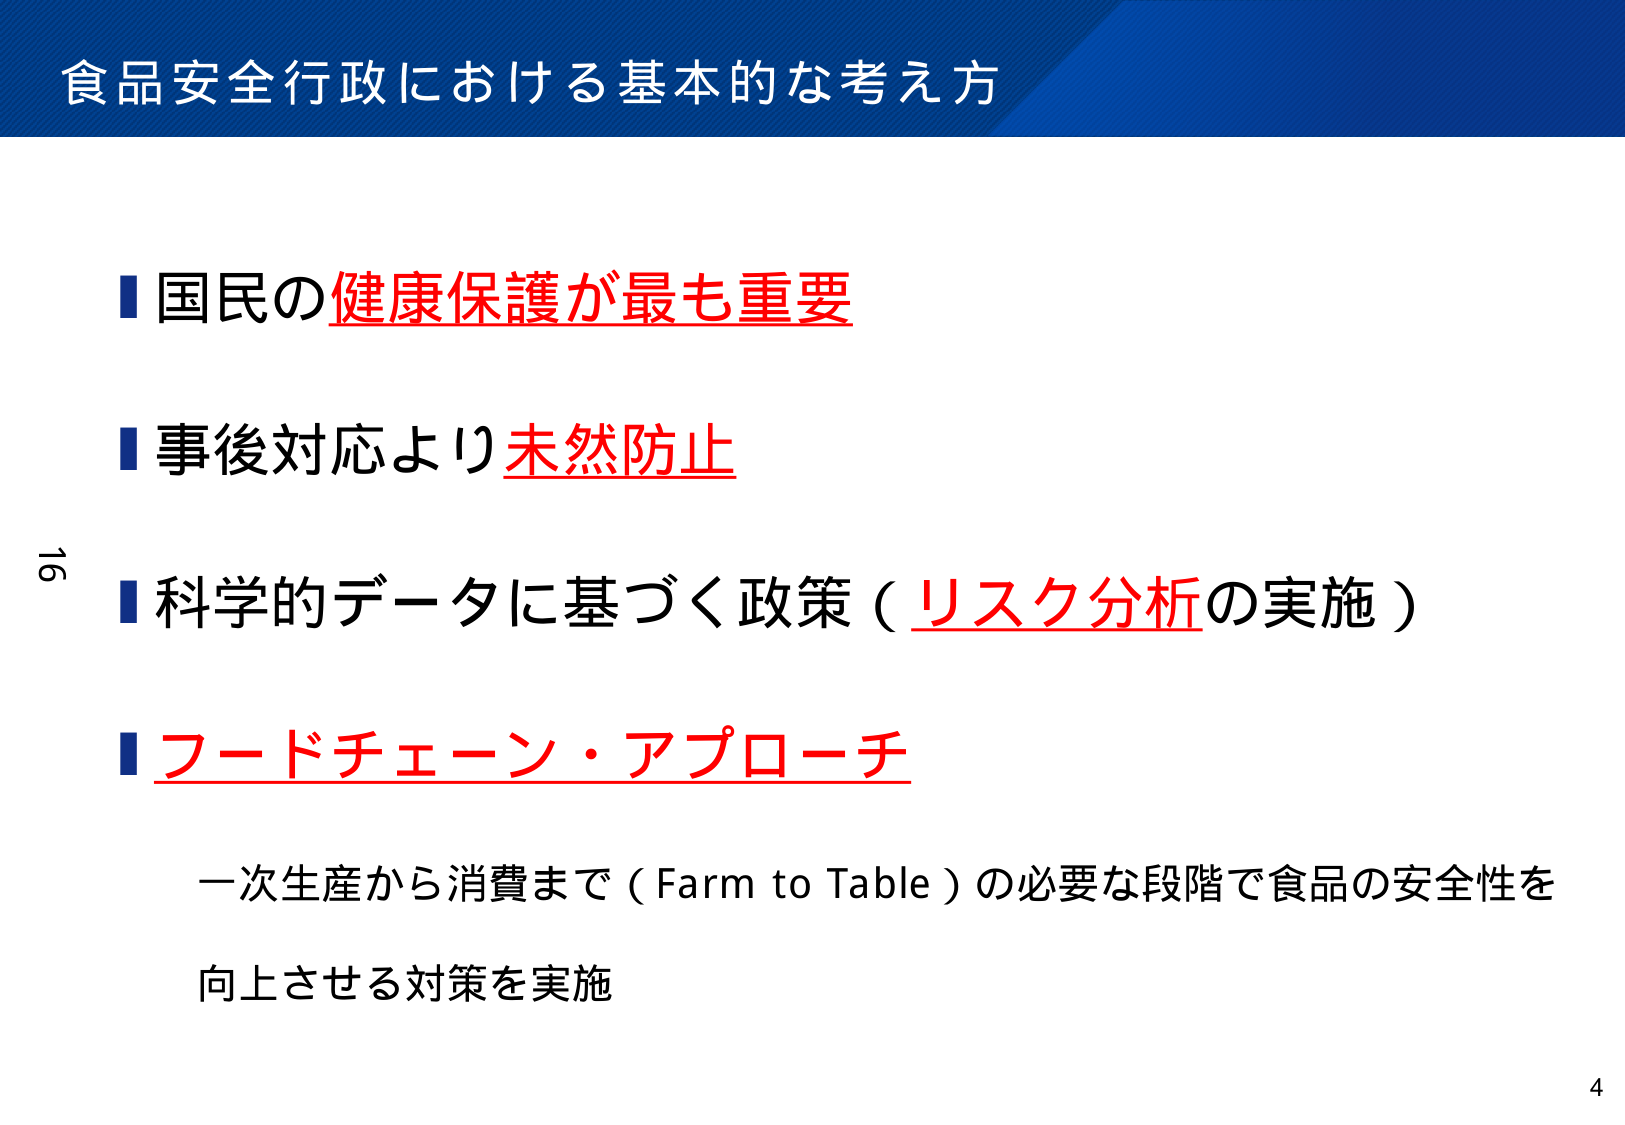
食品安全行政における基本的な考え方

■ 国民の健康保護が最も重要
■ 事後対応より未然防止
■ 科学的データに基づく政策（リスク分析の実施）
■ フードチェーン・アプローチ
　一次生産から消費まで（Farm to Table）の必要な段階で食品の安全性を
　向上させる対策を実施

16
4